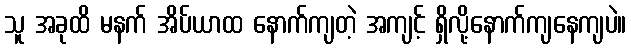
သူ အခုထိ မနက် အိပ်ယာထ နောက်ကျတဲ့ အကျင့် ရှိလို့နောက်ကျနေကျပဲ။